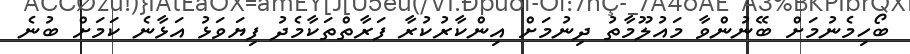
ބޯހިމެނުމަށް ބޭނުންވާ މައުލޫމާތު ދިނުމަށް އިންކާރުކުރާ ފަރާތްތަކާމެދު ފިޔަވަޅު އަޅާނެ ކަމަށް ބުނެ